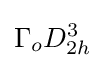
\Gamma _{o}D_{2h}^{3}